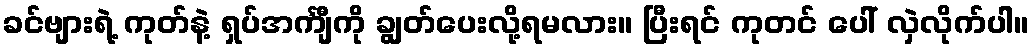
ခင်ဗျားရဲ့ ကုတ်နဲ့ ရှပ်အင်္ကျီကို ချွတ်ပေးလို့ရမလား။ ပြီးရင် ကုတင် ပေါ် လှဲလိုက်ပါ။